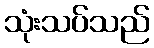
သုံးသပ်သည်